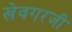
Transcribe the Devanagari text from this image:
खेवगरजी